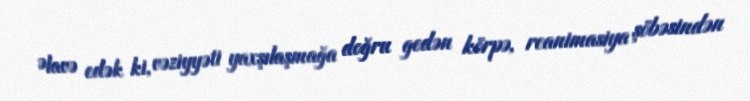
Əlavə edək ki, vəziyyəti yaxşılaşmağa doğru gedən körpə, reanimasiya şöbəsindən